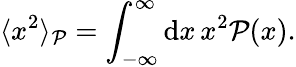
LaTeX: \langle x^{2}\rangle_{\mathcal{P}}=\int_{-\infty}^{\infty}\mathrm{d}x\, x^{2}\mathcal{P}(x).